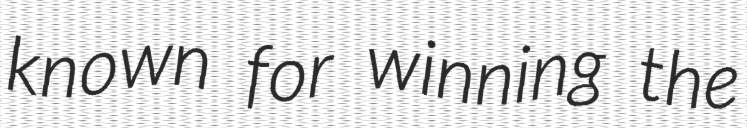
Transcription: known for winning the